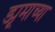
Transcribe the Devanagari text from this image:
ड्यूमाच्या